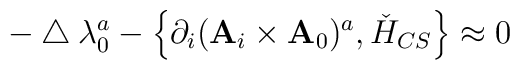
-\bigtriangleup\lambda_0^a-\left\{\partial_i({\bf A}_i\times{\bf A}_0)^a,\check H_{CS}\right\}\approx0